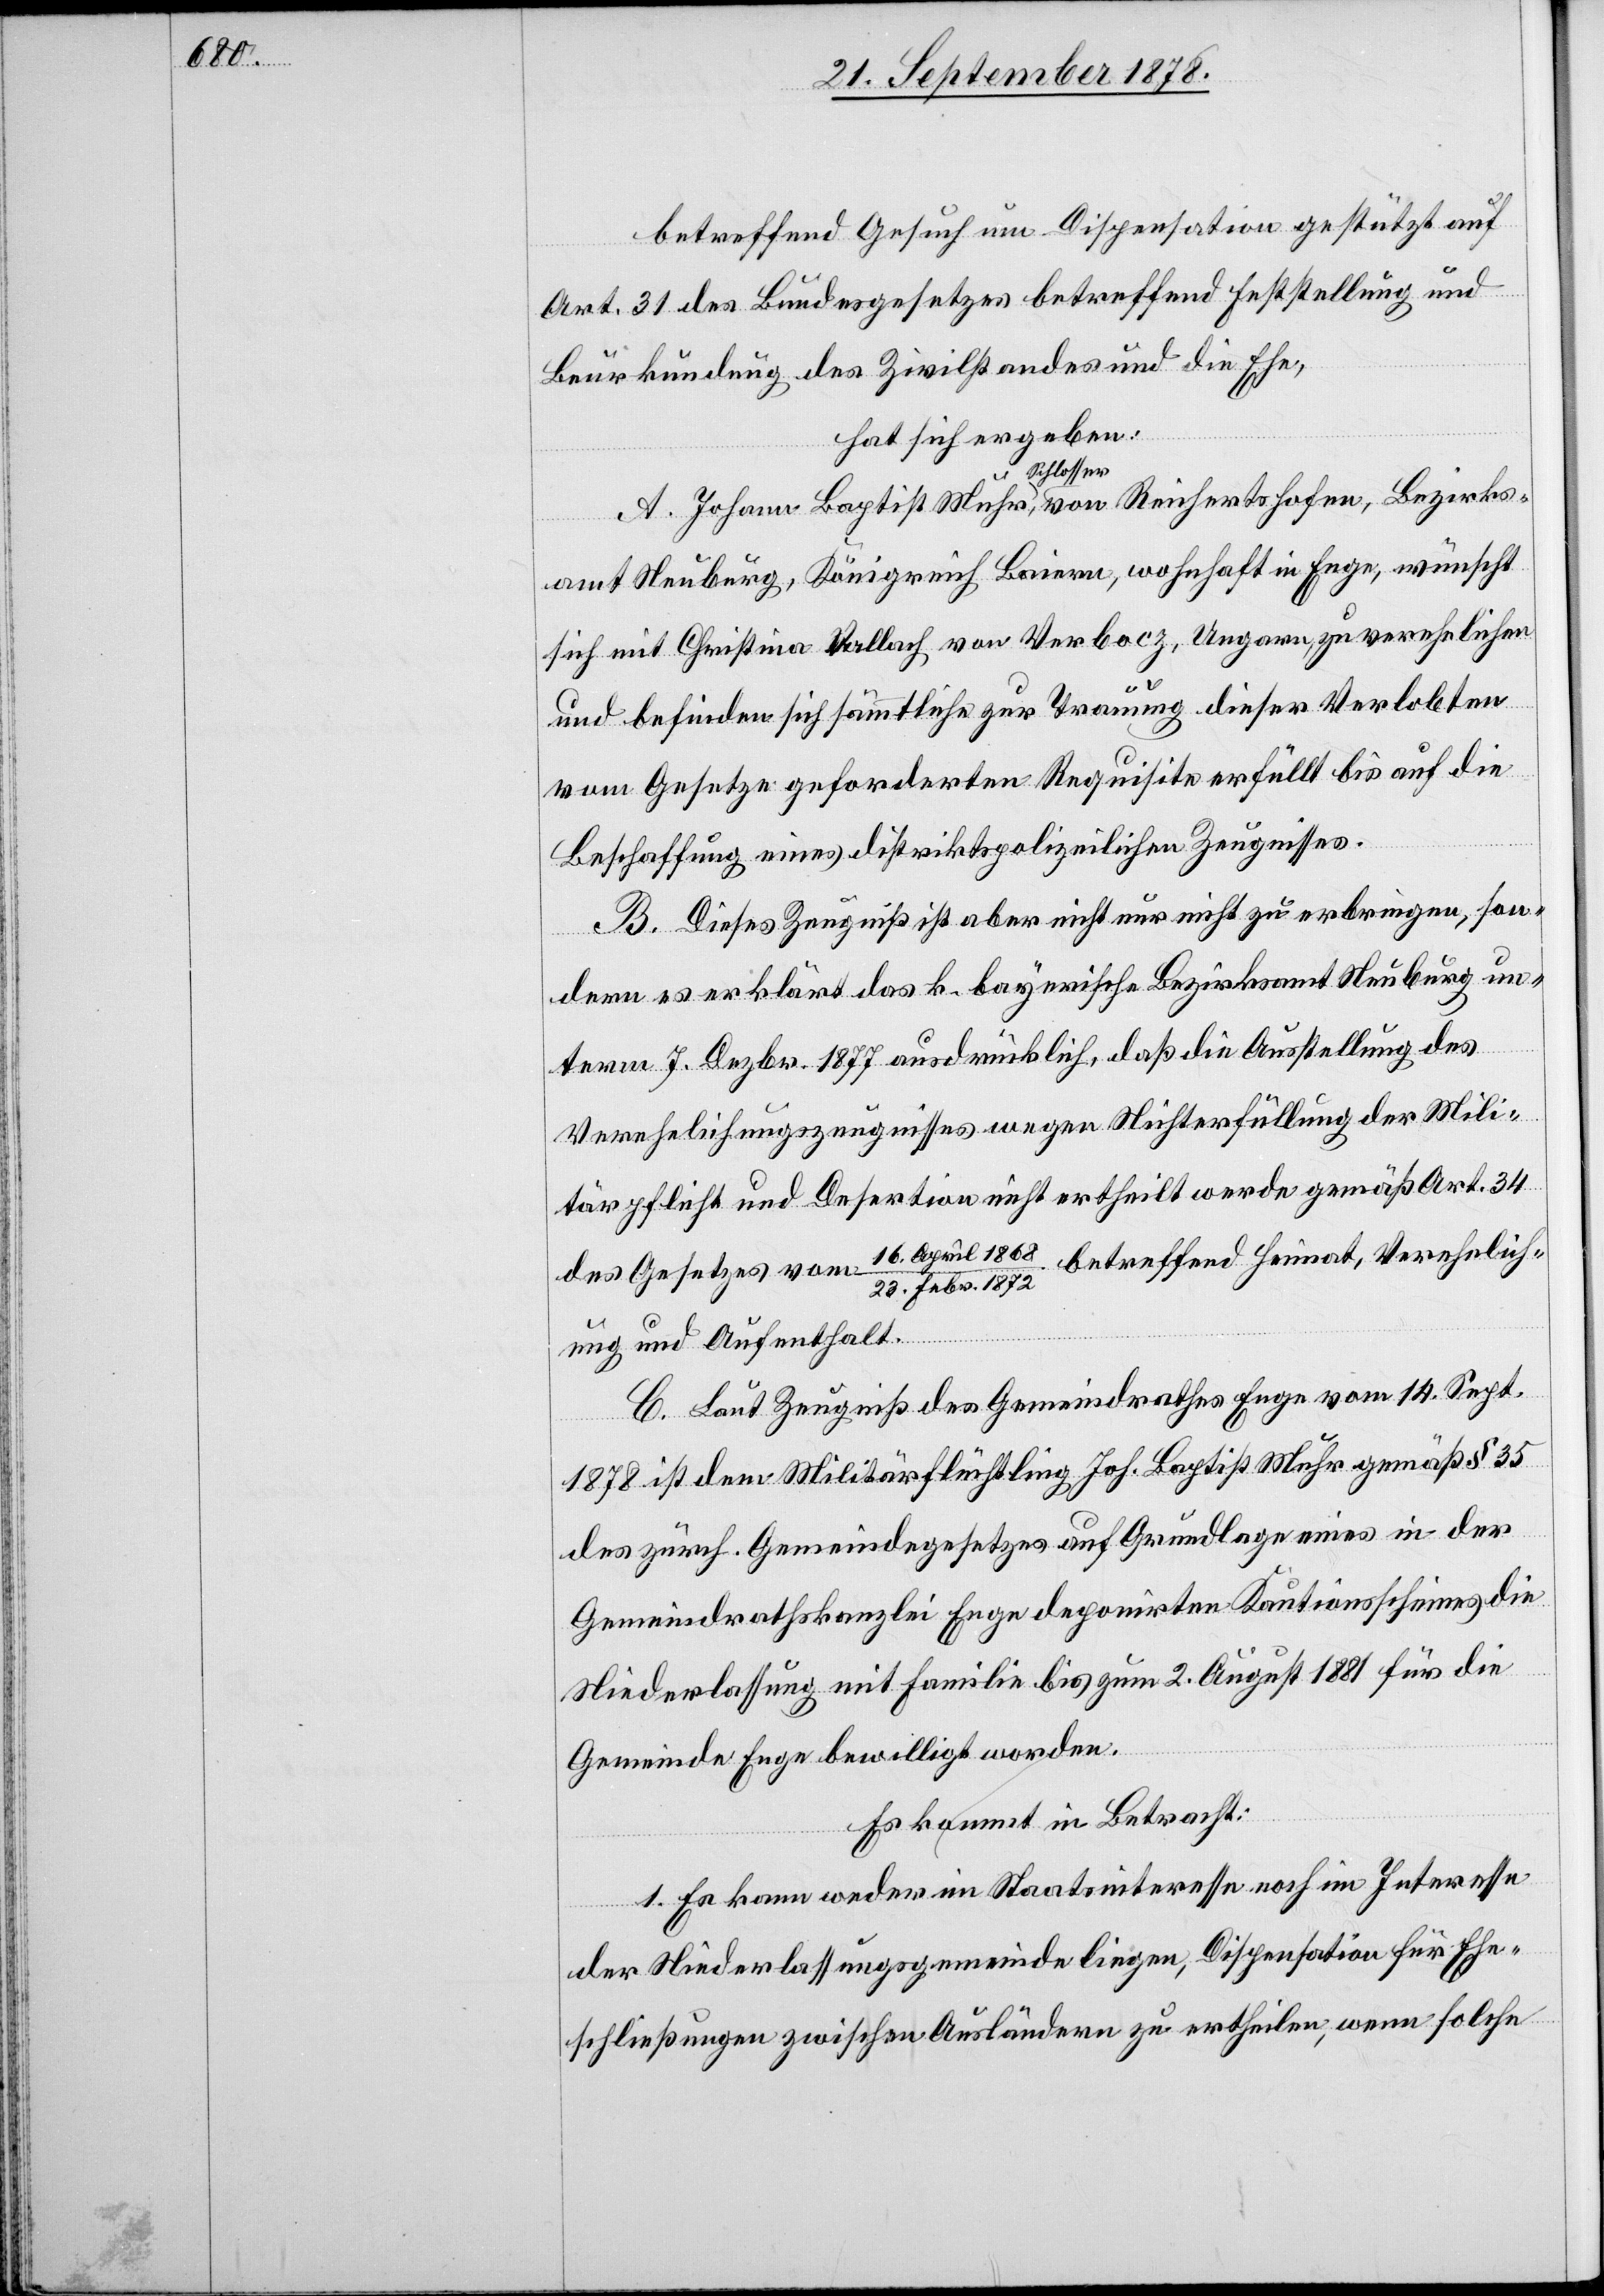
Bezirks¬

betreffend Gesuch um Dispensation gestützt auf
Art. 31 des Bundesgesetzes betreffend Feststellung und
Beurkundung des Zivilstandes und die Ehe,
hat sich ergeben:
Wuhr, Schlosser
amt Neuburg, Königreich Baiern, wohnhaft in Enge, wünscht
sich mit Christina Vallach von Verbocz, Ungarn, zu verhelichen
A.
und befinden sich sämmtliche zur Trauung dieser Verlobten
vom Gesetze geforderten Requisite erfüllt bis auf die
Beschaffung eines distriktpolizeilichen Zeugnisses.
B. Dieses Zeugniß ist aber nicht nur nicht zu erbringen, son¬
dern es erklärt das k. bayerische Bezirksamt Neuburg un¬
term 7. Dezbr. 1877 ausdrücklich, daß die Ausstellung des
Verehelichungszeugnisses wegen Nichterfüllung der Mili¬
tärpflicht und Desertion nicht ertheilt werde gemäß Art. 34
des Gesetzes vom 16. April 1868 / 23. Febr. 1872 betreffend Heimat, Verehelich¬
ung und Aufenthalt.
C. Laut Zeugniß des Gemeindrathes Enge vom 14. Sept.
1878 ist dem Militärflüchtling Joh. Baptist Wuhr gemäß § 35
des zürch. Gemeindegesetzes auf Grundlage eines in der
Gemeindrathskanzlei Enge deponirten Kautionsscheines die
Niederlassung mit Familie bis zum 2. August 1881 für die
Gemeinde Enge bewilligt worden.
Es kommt in Betracht:
1. Es kann weder im Staatsinteresse noch im Interesse
der Niederlassungsgemeinde liegen, Dispensation für Ehe¬
schließungen zwischen Ausländern zu ertheilen, wenn solche